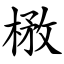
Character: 㮘